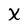
Character: X